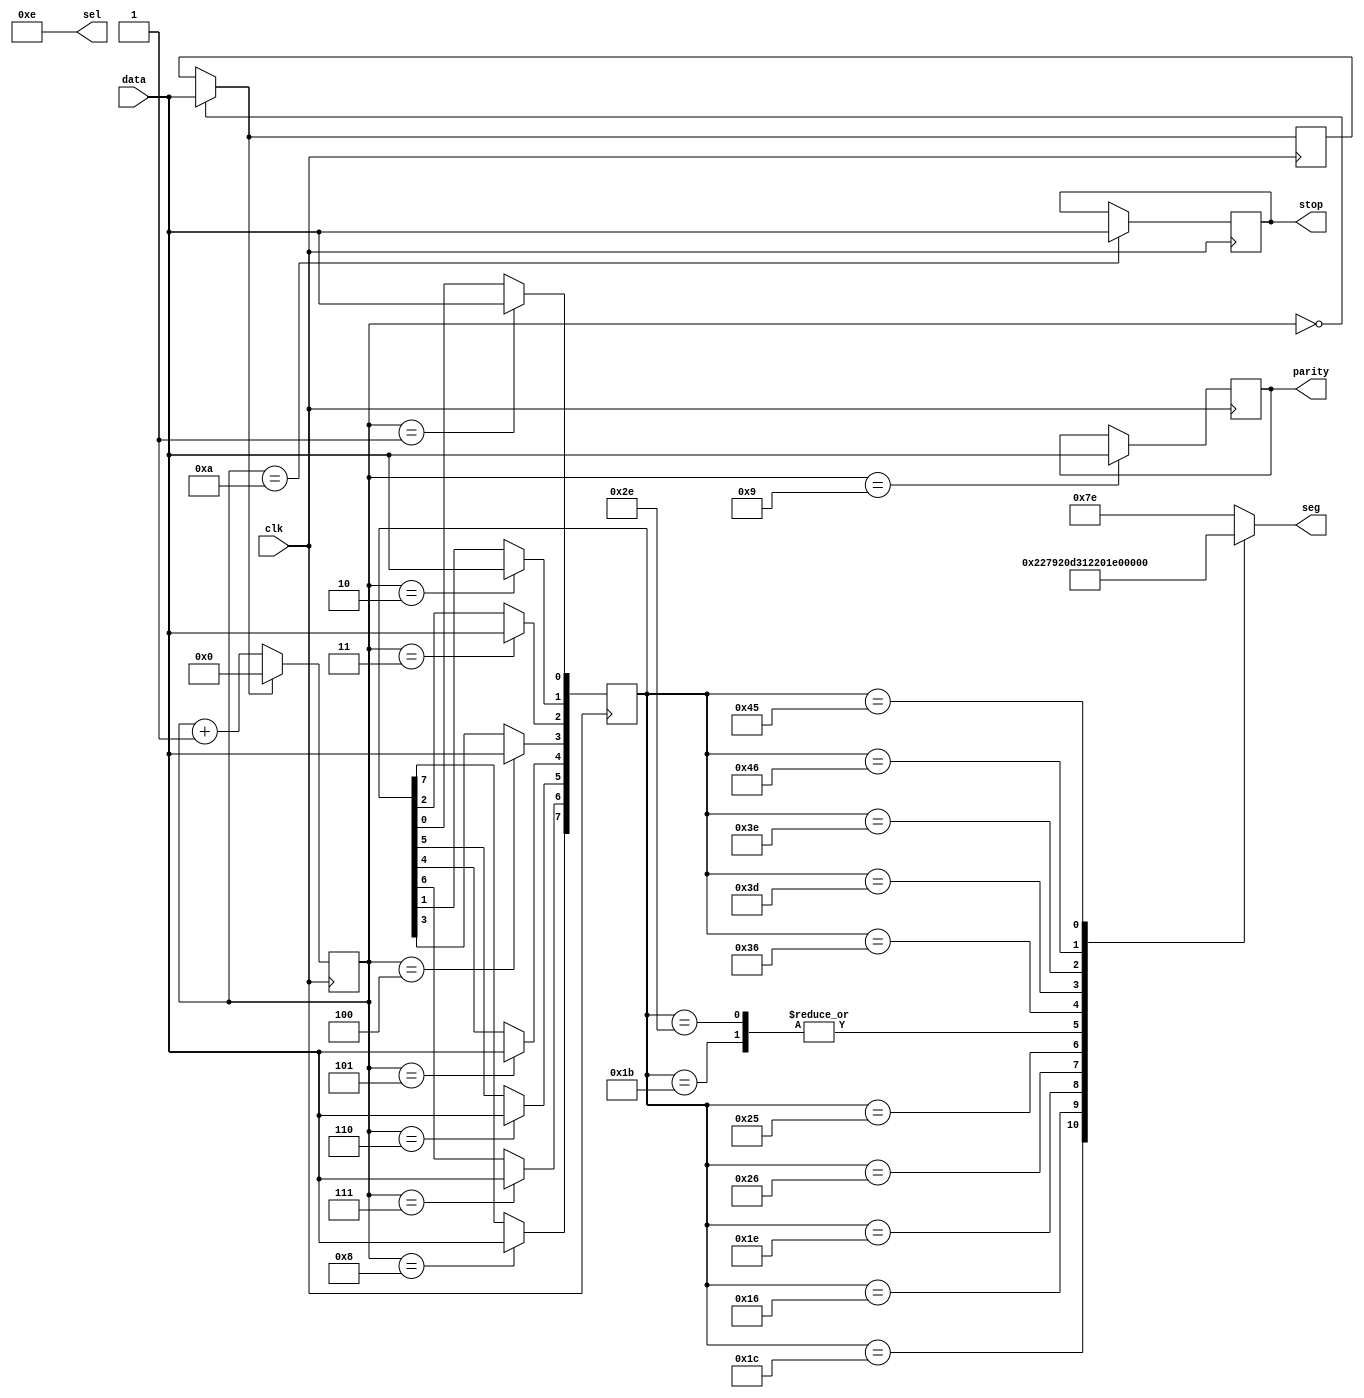
//
// From online
// Neil Nie
//

module keyboard(clk,data,sel,seg,parity,stop );
input clk;
input  data;
output reg [3:0]  sel;
output [6:0] seg;
output reg parity, stop;

reg [3:0] i=0;
reg [7:0] out=0,a=0;
reg z=1'b1;

always@(posedge clk)
begin 
			case(i)
			0  : begin z=data;	end				
			1  : a[0]=data;
			2  : a[1]=data;
			3  : a[2]=data;
			4  : a[3]=data;
			5  : a[4]=data;
			6  : a[5]=data;
			7  : a[6]=data;
			8  : a[7]=data;
			9  : parity=data;
			10  : stop=data;
			endcase
			if(z!=0)
			begin
				i=0;
				end
				else
				begin
			i=i+1'b1;
			end
		out=a;
end
 
reg [6:0]tt=0;
					
		always @(out)
		begin
		sel=4'b1110;
		case(out)
		8'h1c : tt=7'b0001000; //A=1c;
		8'h1b : tt=7'b0100100; //S=1b;
		8'h16 : tt=7'b1001111; // 1=16
		8'h1e : tt=7'b0010010; // 2=1E
		8'h26 : tt=7'b0000110; // 3=26
		8'h25 : tt=7'b1001100; // 4=25
		8'h2e : tt=7'b0100100; // 5=2e
		8'h36 : tt=7'b0100000; // 6=36
		8'h3d : tt=7'b0001111; // 7=3d
		8'h3e : tt=7'b0000000; // 8=3e
		8'h46 : tt=7'b0001100; // 9=46
		8'h45 : tt=7'b0000001; // 0=45
		
		default : tt=7'b1111110; 
		endcase
		end
	assign seg=tt;
endmodule